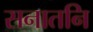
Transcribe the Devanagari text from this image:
सनातनि